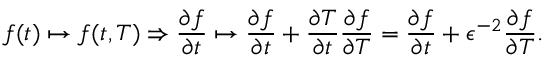
f ( t ) \mapsto f ( t , T ) \Rightarrow \frac { \partial f } { \partial t } \mapsto \frac { \partial f } { \partial t } + \frac { \partial T } { \partial t } \frac { \partial f } { \partial T } = \frac { \partial f } { \partial t } + \epsilon ^ { - 2 } \frac { \partial f } { \partial T } .